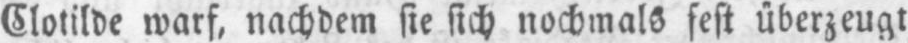
Clotilde warf, nachdem sie sich nochmals fest überzeugt